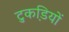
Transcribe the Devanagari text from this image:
टुकडि़यों